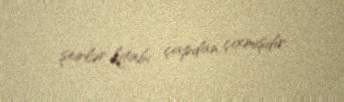
şeirlər kitabı çapdan çıxmışdır.